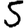
Digit: 5